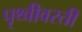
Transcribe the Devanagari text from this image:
पृथ्वीवरती